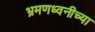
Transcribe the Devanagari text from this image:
भ्रमणध्वनीच्या